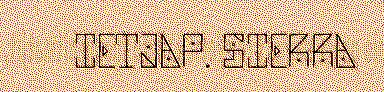
IETJAP. SIERRA